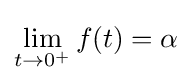
\lim _{t\to 0^{+}}f(t)=\alpha